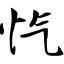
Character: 忾